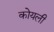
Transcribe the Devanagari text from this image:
कोयली